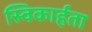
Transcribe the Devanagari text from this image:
स्विकार्हता